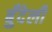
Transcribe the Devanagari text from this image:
बुँदेली